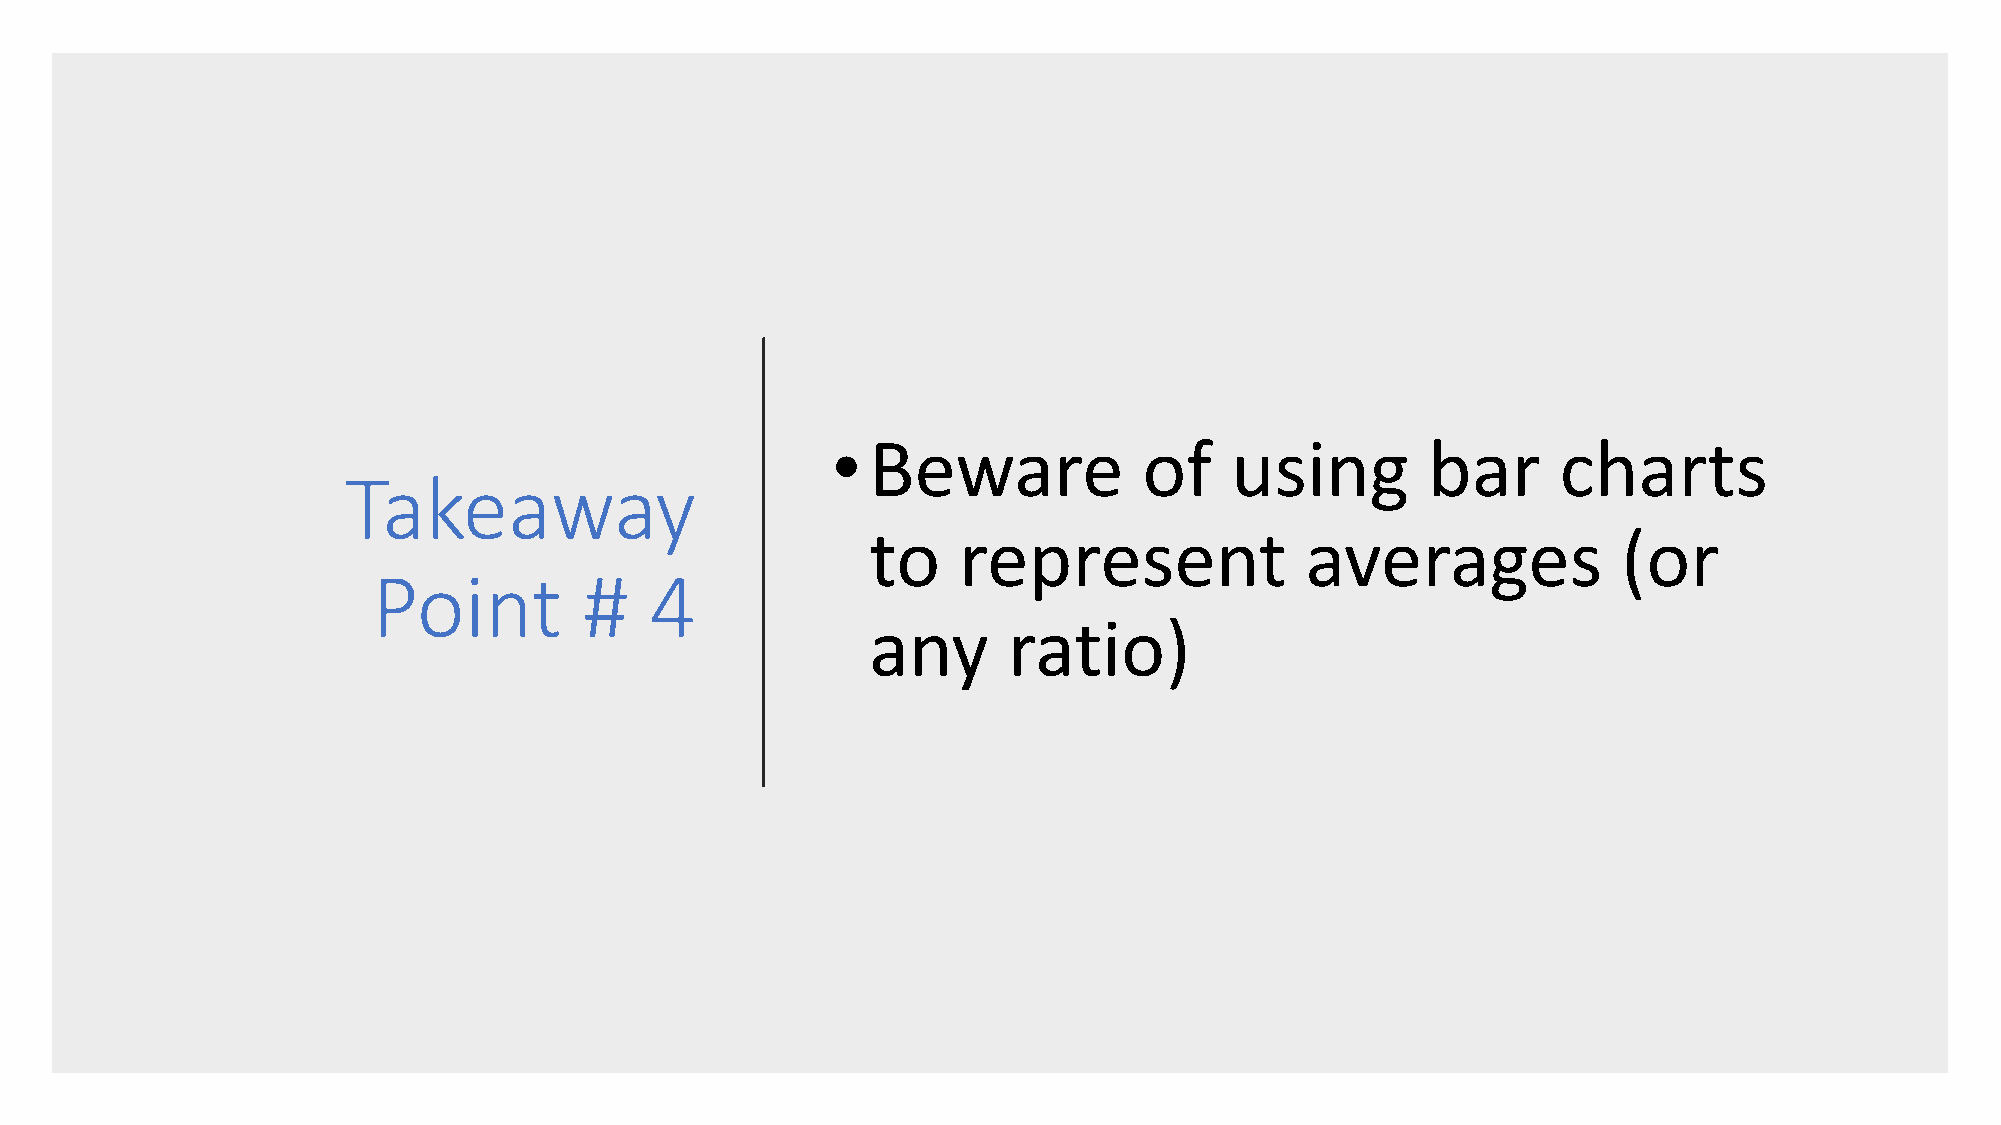
•  Beware            of   using        bar      charts
 Takeaway
 to   represent              averages             (or
 Point         #   4
 any      ratio)